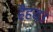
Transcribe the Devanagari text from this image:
हैहय।